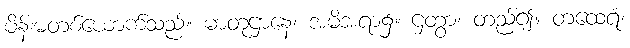
မိန်းမတစ်ယောက်သည်။ မာတုဌာနေ၊ အမိအရာ၌။ ဌတွာ၊ တည်၍။ တံထေရံ၊